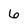
Character: 6